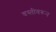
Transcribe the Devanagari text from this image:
वस्तीवरून